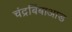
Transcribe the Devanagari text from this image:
चंद्रबिंबाआड